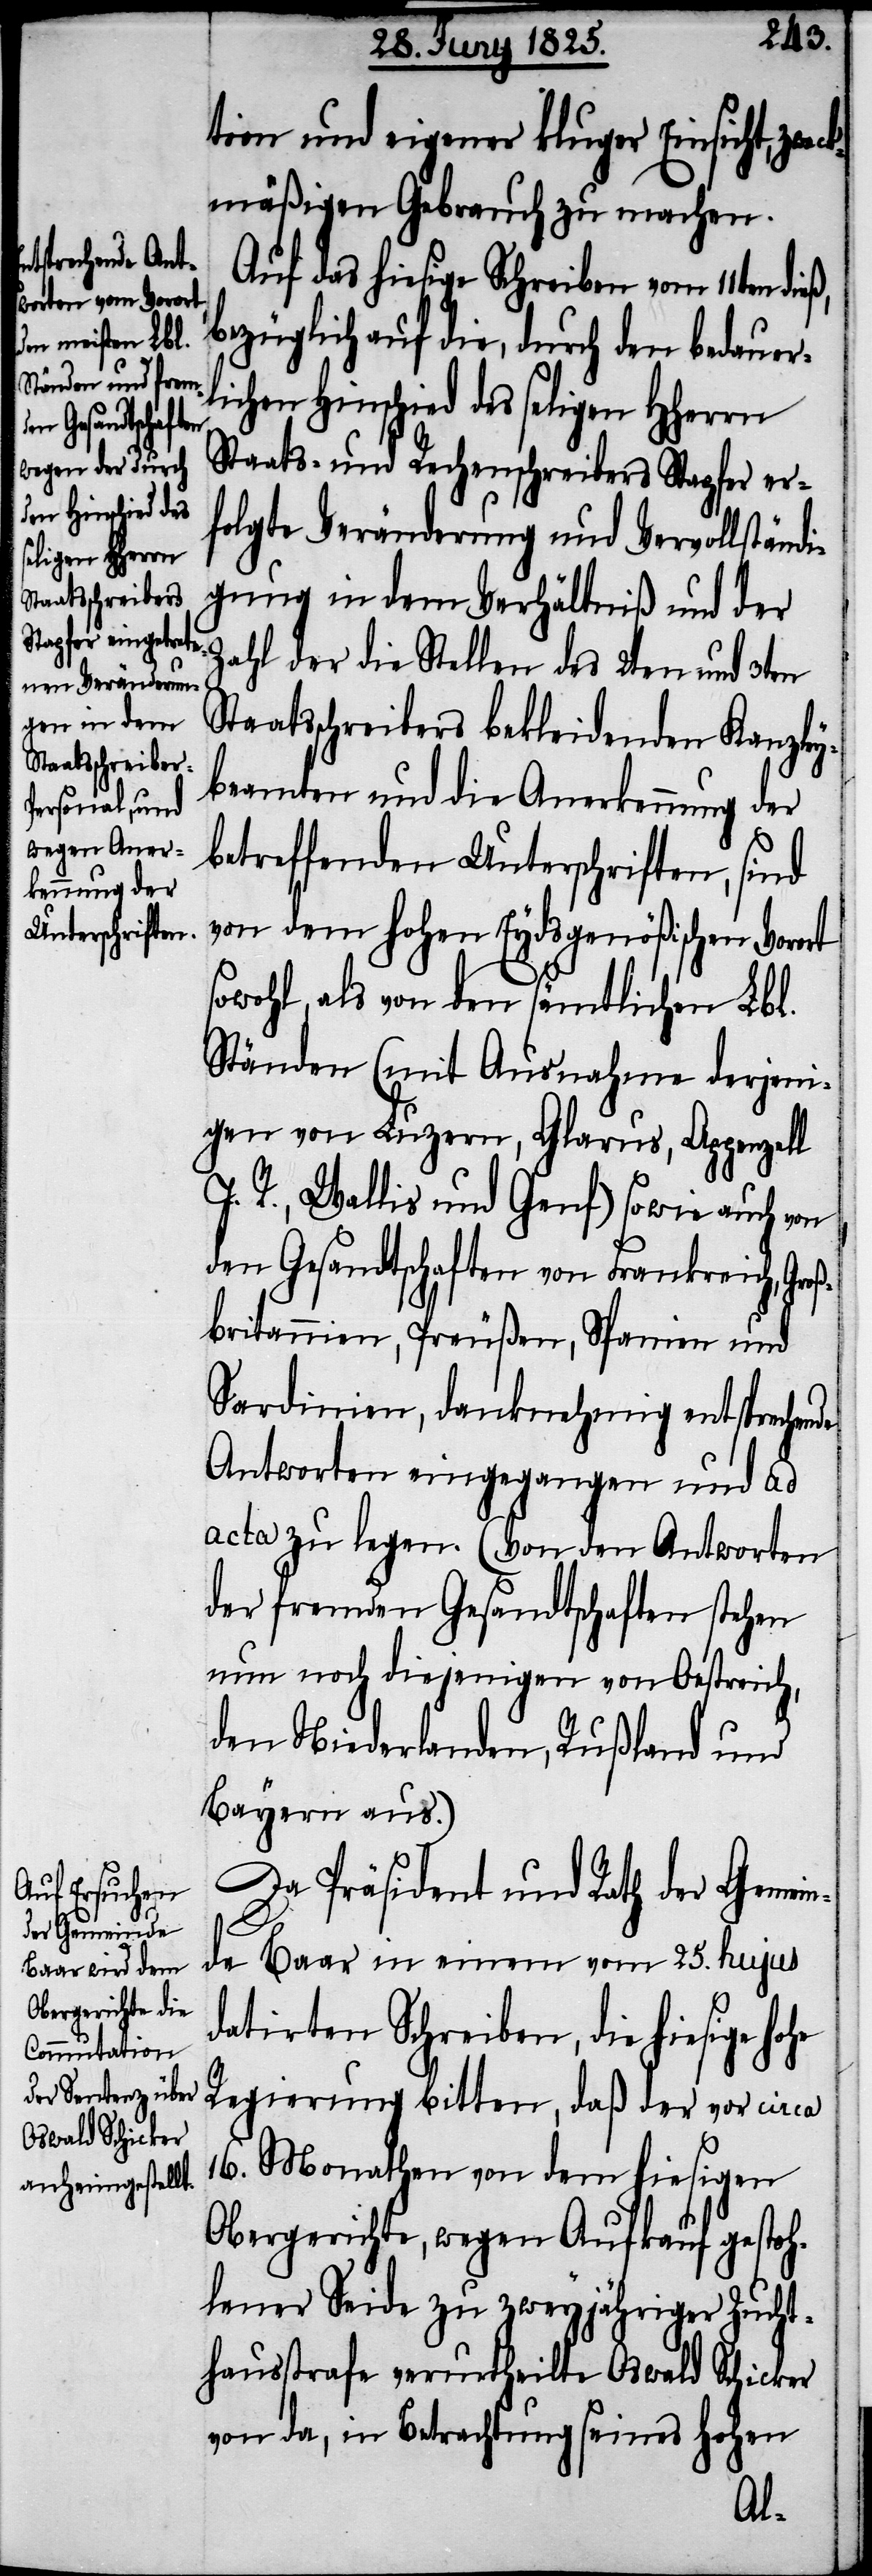
tion und eigener kluger Einsicht, zwec¬
kmäßigen Gebrauch zu machen.
Auf das hiesige Schreiben vom 11ten
bezüglich auf die, durch den bedauer¬
chen Hinschied des seligen HHerrn
Staats- und Rechenschreibers Stapfer er¬
folgte Veränderung und Vervollständi¬
gung in dem Verhältniß und der
Zahl der die Stellen des 2ten und 3ten
taatsschreibers bekleidenden Kanzley¬
beamten und die Anerkennung der
betreffenden Unterschriften, sind
von dem hohen Eydsgenößischen Vorort
sowohl, als von den sämtlichen Lbl.
Ständen (mit Ausnahme derjeni¬
gen von Luzern, Glarus, Appenzell
I. R., Wallis und Genf) sowie auch von
den Gesandtschaften von Frankreich, Groß¬
britannien, Preußen, Spanien und
Sardinien, danknehmig entsprechen¬
Antworten eingegangen und ad
acta zu legen. (Von den Antworten
der fremden Gesandtschaften stehen
nun noch diejenigen von Oestreich,
den Niederlanden, Rußland und
Bayern aus.)
Da Präsident und Rath der Gemei¬
nde Baar in einem vom 25. hujus
datirten Schreiben, die hiesige
Regierung bitten, daß der vor circa
16. Monathen von dem hiesigen
Obergerichte, wegen Aufkauf gestoh¬
lener Seide zu zweyjähriger Zucht¬
hausstrafe verurtheilte Oswald Schicker
von da, in Betrachtung seines hohen
de